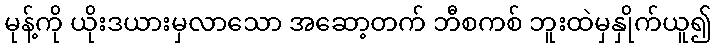
မုန့်ကို ယိုးဒယားမှလာသော အဆော့တက် ဘီစကစ် ဘူးထဲမှနှိုက်ယူ၍